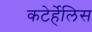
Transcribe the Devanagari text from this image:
कटेर्हेलिस